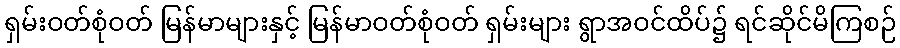
ရှမ်းဝတ်စုံဝတ် မြန်မာများနှင့် မြန်မာဝတ်စုံဝတ် ရှမ်းများ ရွာအဝင်ထိပ်၌ ရင်ဆိုင်မိကြစဉ်